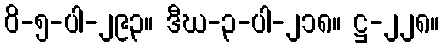
ဝိ-၅-ပါ-၂၉၃။ ဒီဃ-၃-ပါ-၂၁၈။ ဋ္ဌ-၂၂၈။